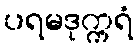
ပရမဒုက္ကရံ